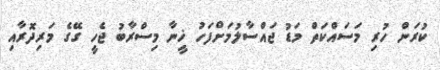
ކުރަން ހުރި މަސައްކަތް މަޑު ޖައްސާލުމަށްފަހު ޚީނާ މިސްރާބު ޖެހީ ގޭގެ މަރިދޮރާއި